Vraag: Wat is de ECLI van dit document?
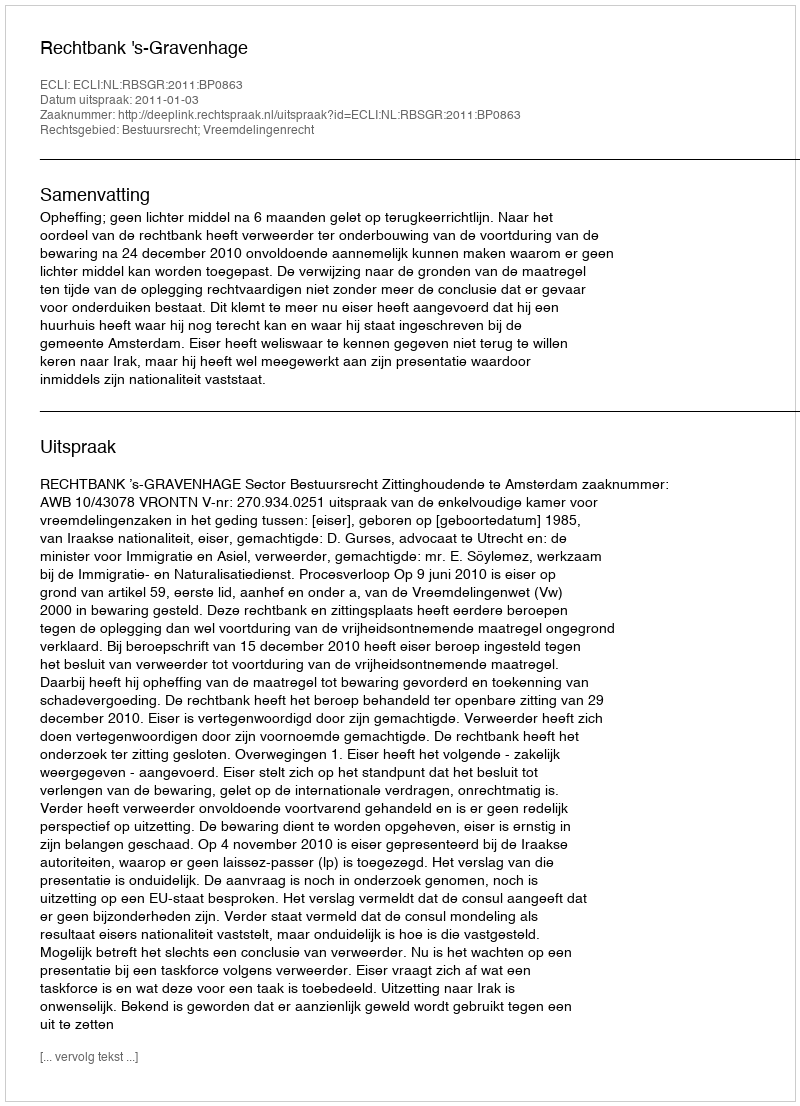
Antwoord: ECLI:NL:RBSGR:2011:BP0863